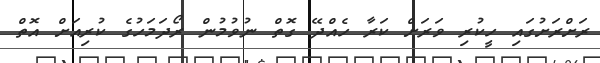
ރަށްރަށުގައި ހީކުރި ވަރަށް ކަރާ ހެއްދޭ ގޮތް ނުވުމުން ރޯދަމަހުގެ ކުރިއަށް އޮތް